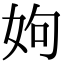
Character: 姁